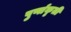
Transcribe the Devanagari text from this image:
पुर्णाकृती